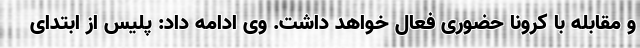
و مقابله با کرونا حضوری فعال خواهد داشت. وی ادامه داد: پلیس از ابتدای